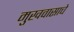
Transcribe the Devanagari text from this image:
मुखवासाचे